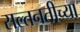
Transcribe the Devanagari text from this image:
सल्तनतीच्या